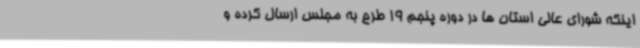
اینکه شورای عالی استان ها در دوره پنجم 19 طرح به مجلس ارسال کرده و